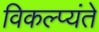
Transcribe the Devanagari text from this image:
विकल्प्यंते